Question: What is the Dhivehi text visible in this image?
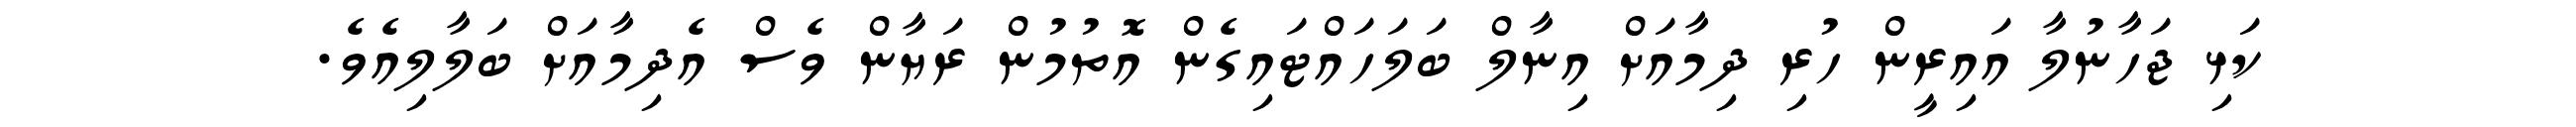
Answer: ކަޅި ޖަހާނުލާ އައިރީން ހުރި ދިމާއަށް އިނާލް ބަލަހައްޓައިގެން އޮތުމުން ރަޔާން ވެސް އެދިމާއަށް ބަލާލިއެވެ.